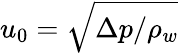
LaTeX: u_{0}=\sqrt{\Delta p/\rho_{w}}